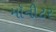
મૉનીટર